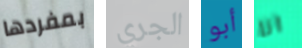
بمفردها الجري أبو انا